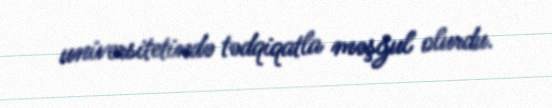
universitetində tədqiqatla məşğul olurdu.